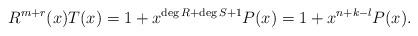
LaTeX: \begin{align*} R^{m+r}(x) T(x) = 1 + x^{\operatorname{deg}R+\operatorname{deg}S+1}P(x)=1+ x^{n+k-l} P(x).\end{align*}